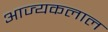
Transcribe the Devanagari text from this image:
आज्यकलाल